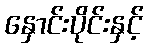
နှောင်းပိုင်းနှင့်